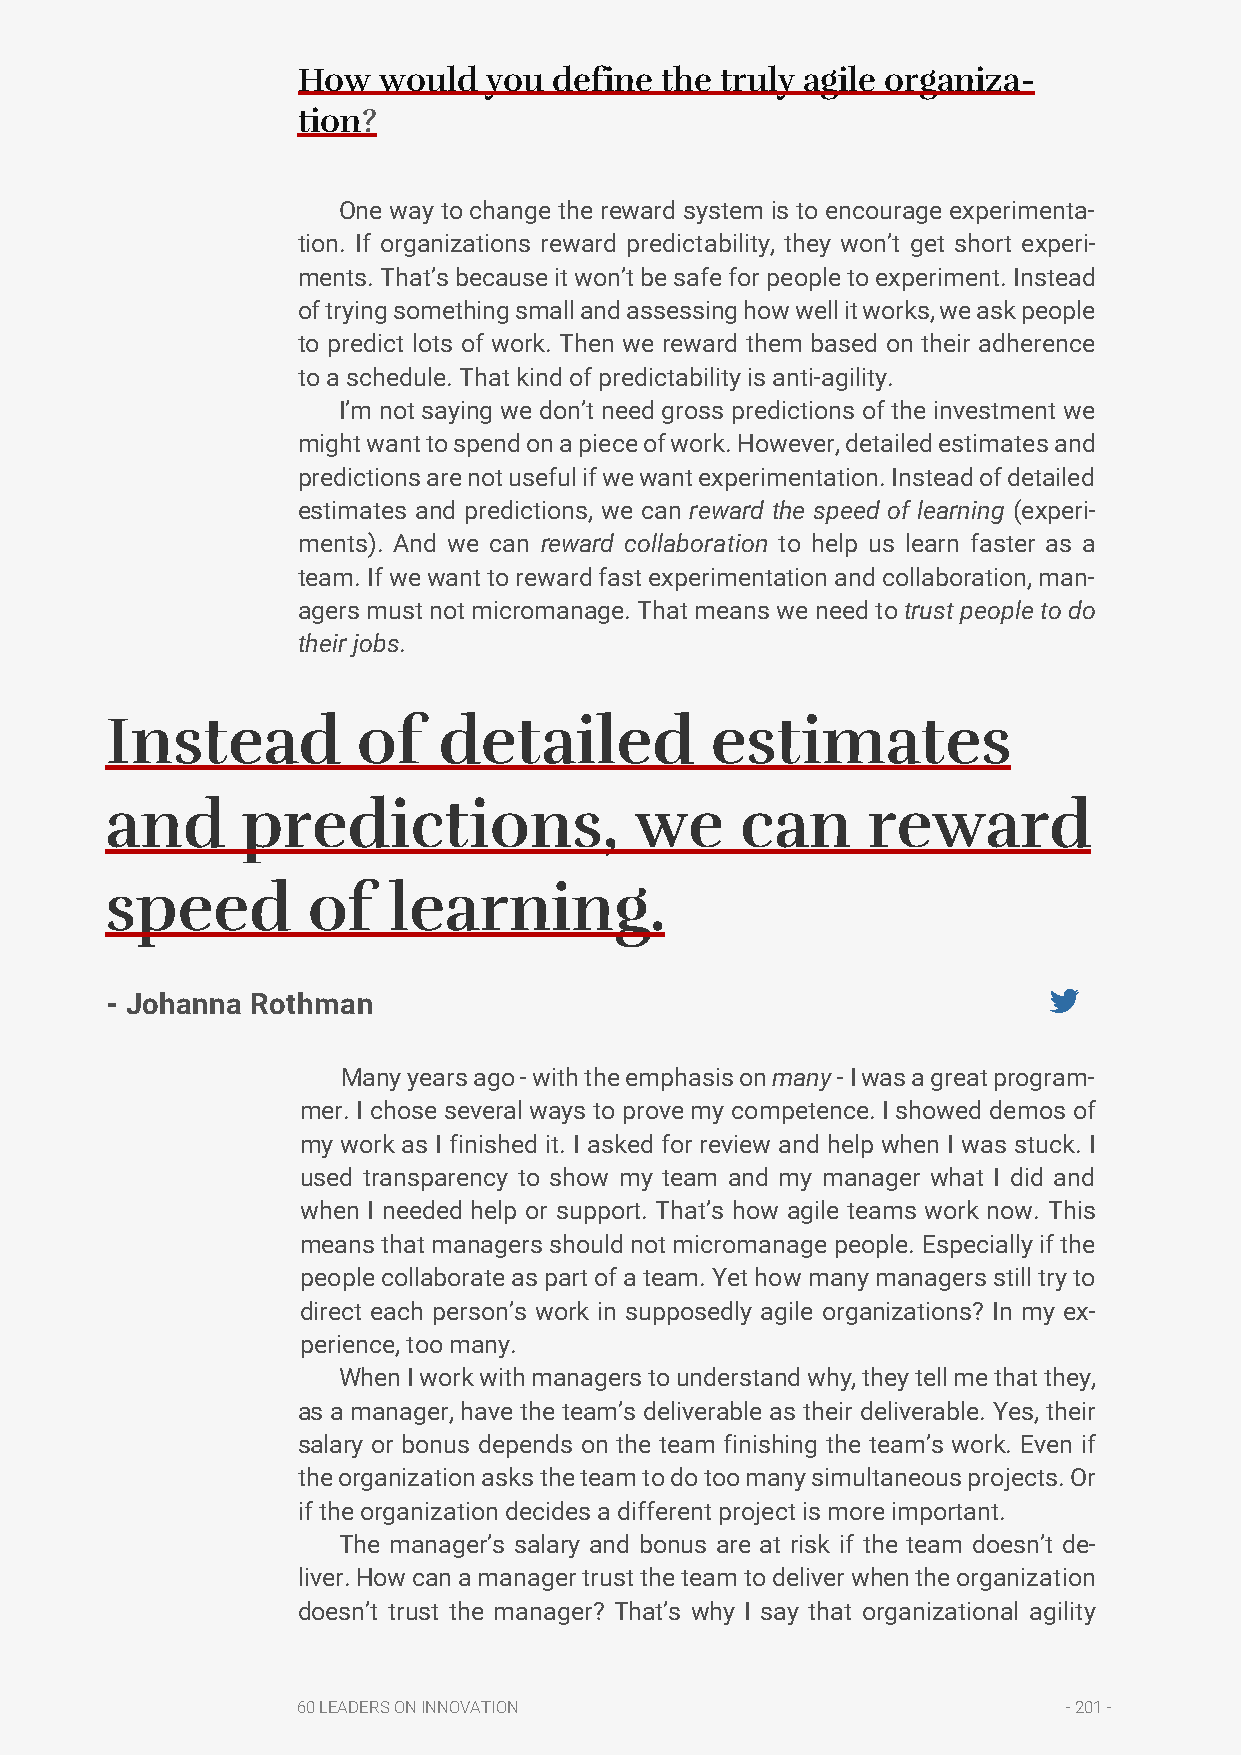
How  would  you  define the truly agile organiza-
 tion?
 One way to change the reward system is to encourage experimenta-
 tion. If organizations reward predictability, they won’t get short experi-
 ments. That’s because it won’t be safe for people to experiment. Instead
 of trying something small and assessing how well it works, we ask people
 to predict lots of work. Then we reward them based on their adherence
 to a schedule. That kind of predictability is anti-agility.
 I’m not saying we don’t need gross predictions of the investment we
 might want to spend on a piece of work. However, detailed estimates and
 predictions are not useful if we want experimentation. Instead of detailed
 estimates and predictions, we can reward the speed of learning (experi-
 ments). And we can reward collaboration to help us learn faster as a
 team. If we want to reward fast experimentation and collaboration, man-
 agers must not micromanage. That means we need to trust people to do
 their jobs.
 Instead          of   detailed          estimates
 and      predictions,              we     can     reward
 speed        of    learning.
 - Johanna Rothman
 Many years ago - with the emphasis on many - I was a great program-
 mer. I chose several ways to prove my competence. I showed demos of
 my work as I finished it. I asked for review and help when I was stuck. I
 used transparency to show my team and my manager what I did and
 when I needed help or support. That’s how agile teams work now. This
 means that managers should not micromanage people. Especially if the
 people collaborate as part of a team. Yet how many managers still try to
 direct each person’s work in supposedly agile organizations? In my ex-
 perience, too many.
 When I work with managers to understand why, they tell me that they,
 as a manager, have the team’s deliverable as their deliverable. Yes, their
 salary or bonus depends on the team finishing the team’s work. Even if
 the organization asks the team to do too many simultaneous projects. Or
 if the organization decides a different project is more important.
 The manager’s salary and bonus are at risk if the team doesn’t de-
 liver. How can a manager trust the team to deliver when the organization
 doesn’t trust the manager? That’s why I say that organizational agility
 60 LEADERS ON INNOVATION                           - 201 -